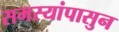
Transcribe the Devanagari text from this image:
समस्यांपासुन